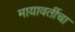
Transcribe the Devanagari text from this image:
मायावतींचा